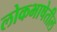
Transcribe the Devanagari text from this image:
लोकभाषेतील